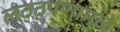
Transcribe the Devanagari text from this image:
लठ्ठ्पणामुळे